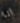
انا